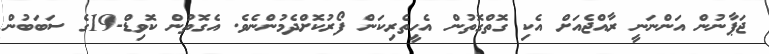
ޖަޕާނުން އަންނަނީ ރާއްޖެއަށް އެކި ގޮތްގޮތުން އެހީތެރިކަން ފޯރުކޮށްދެމުންނެވެ. އެގޮތުން ކޮވިޑް-19ގެ ސަބަބުން